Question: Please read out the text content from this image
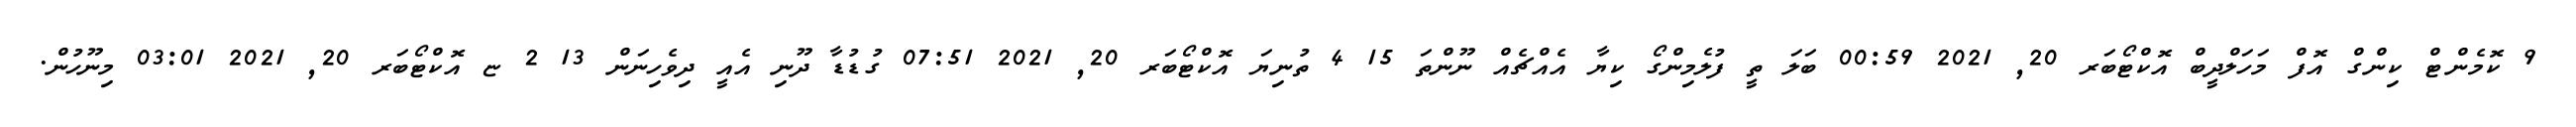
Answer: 9 ކޮމެންޓް ކިންގް އޮފް މަހަލްދީބް އޮކްޓޯބަރ 20, 2021 00:59 ބަލަ ތީ ފުލެމިންގޯ ކިޔާ އެއްޗެއް ނޫންތަ 15 4 ތުނިޔަ އޮކްޓޯބަރ 20, 2021 07:51 ގުޑުޑާ ދޫނި އެއީ ދިވެހިނަން 13 2 ޏ އޮކްޓޯބަރ 20, 2021 03:01 މިނޫހުން.